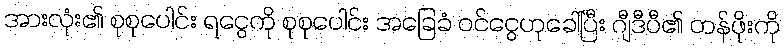
အားလုံး၏ စုစုပေါင်း ရငွေကို စုစုပေါင်း အခြေခံ ဝင်ငွေဟုခေါ်ပြီး ဂျီဒီပီ၏ တန်ဖိုးကို